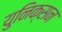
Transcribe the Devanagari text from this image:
युनिक्सन